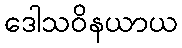
ဒေါသဝိနယာယ